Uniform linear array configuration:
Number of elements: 24
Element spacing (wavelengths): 0.5
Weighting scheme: exponential
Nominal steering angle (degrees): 0
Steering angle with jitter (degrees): -1.131
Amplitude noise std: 0.05
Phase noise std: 0.05

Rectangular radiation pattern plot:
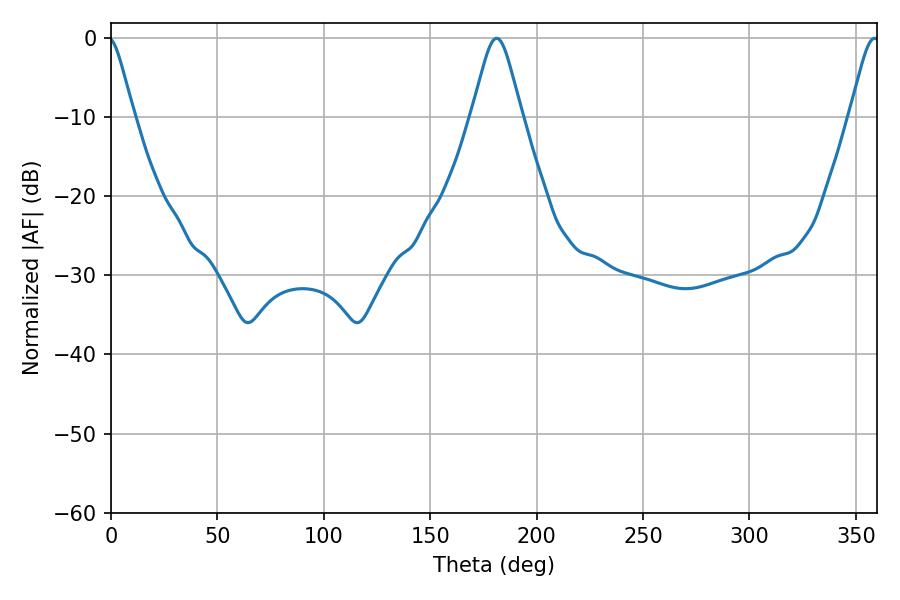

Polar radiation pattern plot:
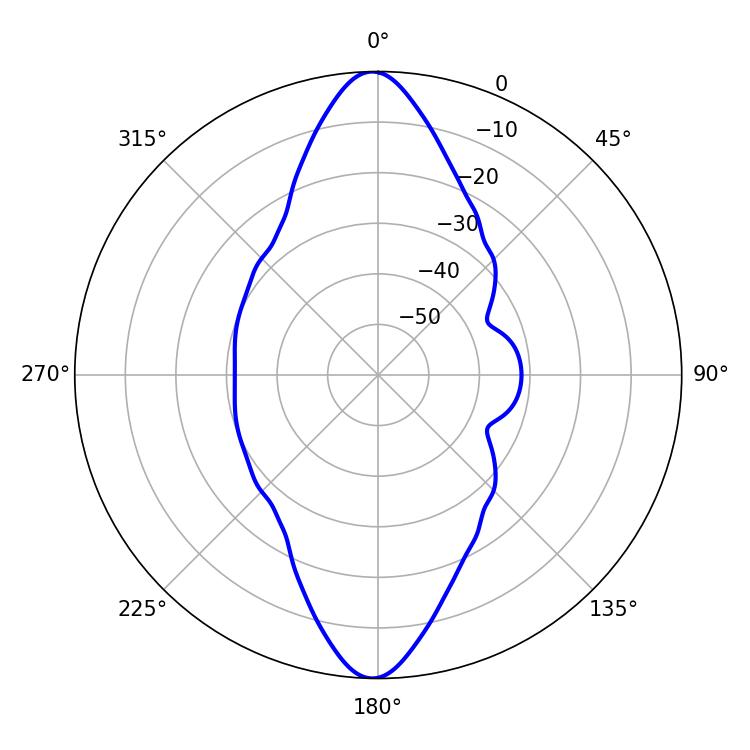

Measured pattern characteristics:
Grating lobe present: FALSE
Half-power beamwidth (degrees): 11.34
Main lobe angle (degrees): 181.26